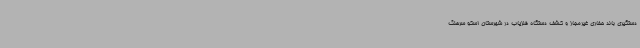
دستگیری باند حفاری غیرمجاز و کشف دستگاه فلزیاب در شهرستان اسکو سرهنگ